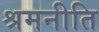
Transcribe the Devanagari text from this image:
श्रमनीति